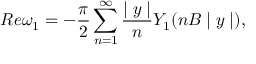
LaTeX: R e \omega _ { 1 } = - \frac { \pi } { 2 } \sum _ { n = 1 } ^ { \infty } \frac { \mid y \mid } { n } Y _ { 1 } ( n B \mid y \mid ) ,